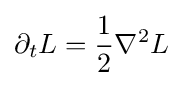
\partial _{t}L={\frac {1}{2}}\nabla ^{2}L